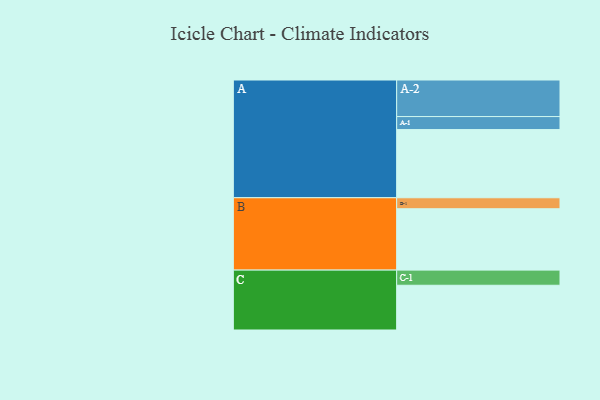
{"axis": {"x": "Segment", "y": "Value"}, "legend": ["", "A", "B", "C"], "data": [{"x": "A", "y": 509, "type": ""}, {"x": "B", "y": 458, "type": ""}, {"x": "C", "y": 334, "type": ""}, {"x": "A-1", "y": 97, "type": "A"}, {"x": "A-2", "y": 273, "type": "A"}, {"x": "B-1", "y": 82, "type": "B"}, {"x": "C-1", "y": 113, "type": "C"}]}